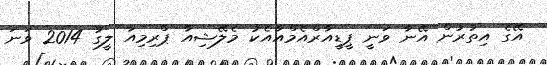
އޭގެ އިތުރުން އޭނާ ވަނީ ޕީޑީއާރްއެމްއާއެކު މެލޭޝިއާ ޕްރިމިއާ ލީގު 2014 ވަނަ